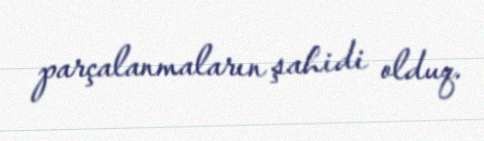
parçalanmaların şahidi olduq.